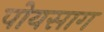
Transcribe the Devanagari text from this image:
पोयसाग